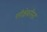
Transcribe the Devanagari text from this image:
परीक्षेकरिता